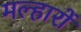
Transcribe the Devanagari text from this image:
मल्हारों